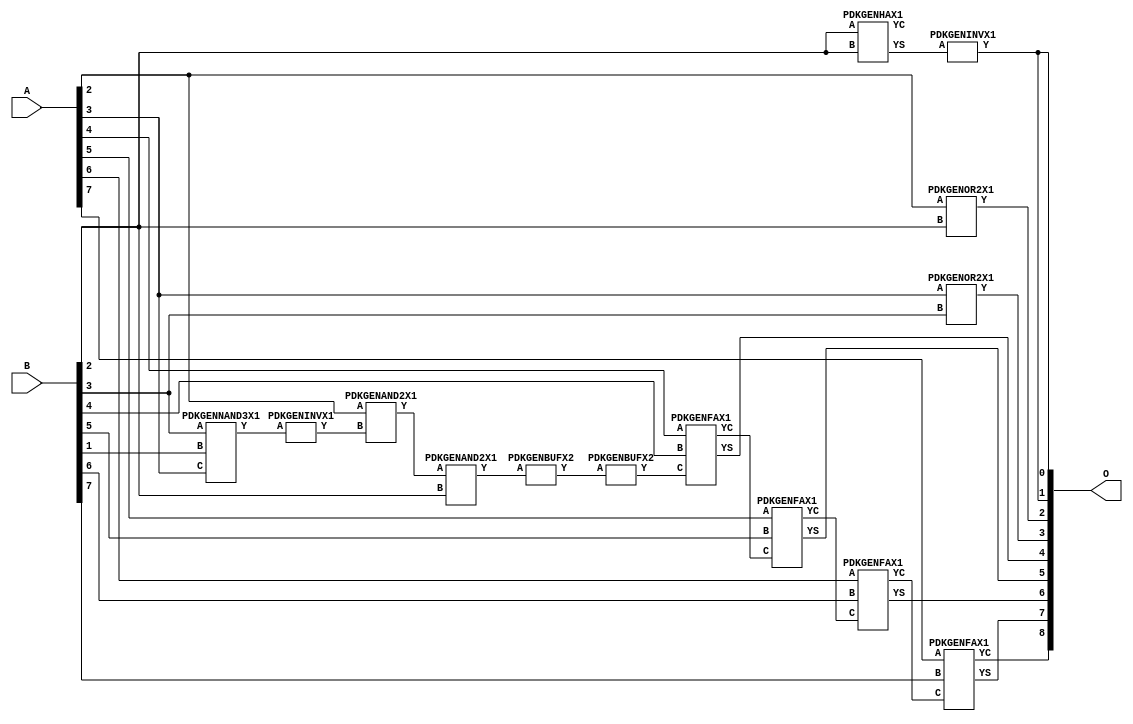
// Library = EvoApprox8b
// Circuit = add8_076
// Area   (180) = 804
// Delay  (180) = 1.370
// Power  (180) = 183.30
// Area   (45) = 60
// Delay  (45) = 0.530
// Power  (45) = 17.95
// Nodes = 14
// HD = 180480
// MAE = 3.39062
// MSE = 21.50000
// MRE = 1.77 %
// WCE = 13
// WCRE = 300 %
// EP = 85.9 %

module add8_076(A, B, O);
  input [7:0] A;
  input [7:0] B;
  output [8:0] O;
  wire [2031:0] N;

  assign N[0] = A[0];
  assign N[1] = A[0];
  assign N[2] = A[1];
  assign N[3] = A[1];
  assign N[4] = A[2];
  assign N[5] = A[2];
  assign N[6] = A[3];
  assign N[7] = A[3];
  assign N[8] = A[4];
  assign N[9] = A[4];
  assign N[10] = A[5];
  assign N[11] = A[5];
  assign N[12] = A[6];
  assign N[13] = A[6];
  assign N[14] = A[7];
  assign N[15] = A[7];
  assign N[16] = B[0];
  assign N[17] = B[0];
  assign N[18] = B[1];
  assign N[19] = B[1];
  assign N[20] = B[2];
  assign N[21] = B[2];
  assign N[22] = B[3];
  assign N[23] = B[3];
  assign N[24] = B[4];
  assign N[25] = B[4];
  assign N[26] = B[5];
  assign N[27] = B[5];
  assign N[28] = B[6];
  assign N[29] = B[6];
  assign N[30] = B[7];
  assign N[31] = B[7];

  PDKGENNAND3X1 n32(.A(N[22]), .B(N[18]), .C(N[6]), .Y(N[32]));
  assign N[33] = N[32];
  PDKGENINVX1 n38(.A(N[33]), .Y(N[38]));
  assign N[39] = N[38];
  PDKGENHAX1 n40(.A(N[20]), .B(N[20]), .YS(N[40]), .YC(N[41]));
  PDKGENAND2X1 n52(.A(N[4]), .B(N[39]), .Y(N[52]));
  assign N[53] = N[52];
  PDKGENAND2X1 n74(.A(N[53]), .B(N[20]), .Y(N[74]));
  PDKGENBUFX2 n78(.A(N[74]), .Y(N[78]));
  PDKGENINVX1 n126(.A(N[40]), .Y(N[126]));
  assign N[127] = N[126];
  PDKGENOR2X1 n132(.A(N[4]), .B(N[20]), .Y(N[132]));
  PDKGENOR2X1 n182(.A(N[6]), .B(N[22]), .Y(N[182]));
  PDKGENBUFX2 n212(.A(N[78]), .Y(N[212]));
  PDKGENFAX1 n232(.A(N[8]), .B(N[24]), .C(N[212]), .YS(N[232]), .YC(N[233]));
  PDKGENFAX1 n282(.A(N[10]), .B(N[26]), .C(N[233]), .YS(N[282]), .YC(N[283]));
  PDKGENFAX1 n332(.A(N[12]), .B(N[28]), .C(N[283]), .YS(N[332]), .YC(N[333]));
  PDKGENFAX1 n382(.A(N[14]), .B(N[30]), .C(N[333]), .YS(N[382]), .YC(N[383]));

  assign O[0] = N[127];
  assign O[1] = N[126];
  assign O[2] = N[132];
  assign O[3] = N[182];
  assign O[4] = N[232];
  assign O[5] = N[282];
  assign O[6] = N[332];
  assign O[7] = N[382];
  assign O[8] = N[383];

endmodule
/* mod */
module PDKGENFAX1( input A, input B, input C, output YS, output YC );
    assign YS = (A ^ B) ^ C;
    assign YC = (A & B) | (B & C) | (A & C);
endmodule
/* mod */
module PDKGENAND2X1(input A, input B, output Y );
     assign Y = A & B;
endmodule
/* mod */
module PDKGENOR2X1(input A, input B, output Y );
     assign Y = A | B;
endmodule
/* mod */
module PDKGENHAX1( input A, input B, output YS, output YC );
    assign YS = A ^ B;
    assign YC = A & B;
endmodule
/* mod */
module PDKGENINVX1(input A, output Y );
     assign Y = ~A;
endmodule
/* mod */
module PDKGENNAND3X1(input A, input B, input C, output Y );
     assign Y = ~((A & B) & C);
endmodule
/* mod */
module PDKGENBUFX2(input A, output Y );
     assign Y = A;
endmodule